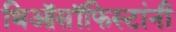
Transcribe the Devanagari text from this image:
थिऑसॉफिस्टांनी